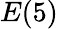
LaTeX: E(5)